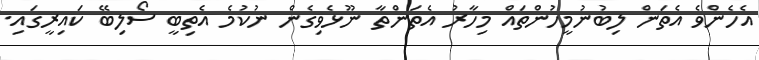
އެހެންވެ އެތަން ލިބުނުމީހުންތައް މިހާރު އެތަންތާ ނޫޅެވިގެން ނުކުމެ އެތިބީ ސޯލިބޭ ކައިރީގައި.